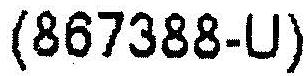
(867388-U)